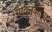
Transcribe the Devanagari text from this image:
गावनकाशा